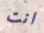
انت